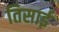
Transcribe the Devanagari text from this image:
तिसाई